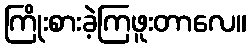
ကြိုးစားခဲ့ကြဖူးတာလေ။